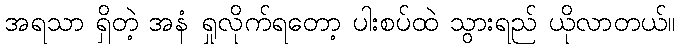
အရသာ ရှိတဲ့ အနံ ရှုလိုက်ရတော့ ပါးစပ်ထဲ သွားရည် ယိုလာတယ်။